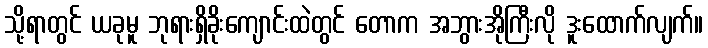
သို့ရာတွင် ယခုမူ ဘုရားရှိခိုးကျောင်းထဲတွင် တောက အဘွားအိုကြီးလို ဒူးထောက်လျက်။